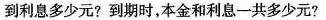
到利息多少元?到期时，本金和利息一共多少元?